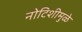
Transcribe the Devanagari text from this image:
नोटिशीमुळे